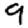
Digit: 9